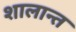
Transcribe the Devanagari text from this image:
शालान्‍त